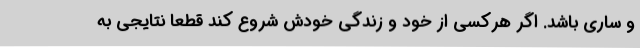
و ساری باشد. اگر هرکسی از خود و زندگی خودش شروع کند قطعا نتایجی به